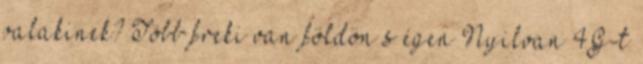
valakinek? Több freki van földön s égen Nyilvan 4G-t